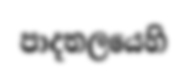
පාදතලයෙහි